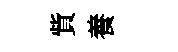
貲養